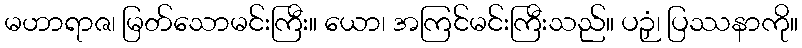
မဟာရာဇ၊ မြတ်သောမင်းကြီး။ ယော၊ အကြင်မင်းကြီးသည်။ ပဉှံ၊ ပြဿနာကို။